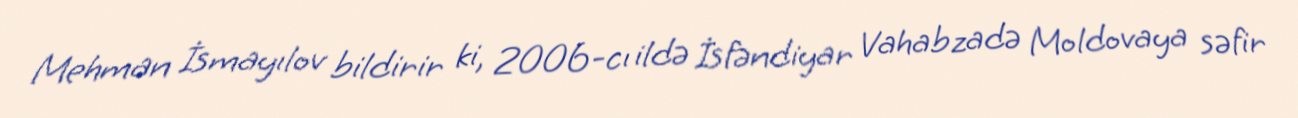
Mehman İsmayılov bildirir ki, 2006-cı ildə İsfəndiyar Vahabzadə Moldovaya səfir